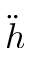
\ddot { h }